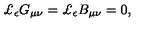
\pounds _ { \bf { \epsilon } } G _ { \mu \nu } = \pounds _ { \bf { \epsilon } } B _ { \mu \nu } = 0 ,